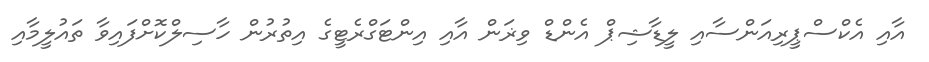
އާއި އެކްސްޕީރިއަންސާއި ލީޑާޝިޕް އެންޑް ވިޜަން އާއި އިންޓަގްރެޓީގެ އިތުރުން ހާސިލްކޮށްފައިވާ ތައުލީމާއި